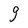
Character: 9